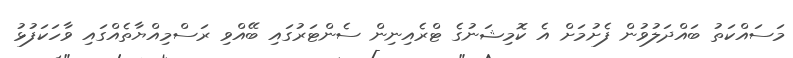
މަސައްކަތު ބައްދަލުވުން ފެށުމަށް އެ ކޮމިޝަނުގެ ޓްރެއިނިން ސެންޓަރުގައި ބޭއްވި ރަސްމިއްޔާތެއްގައި ވާހަކަފުޅު